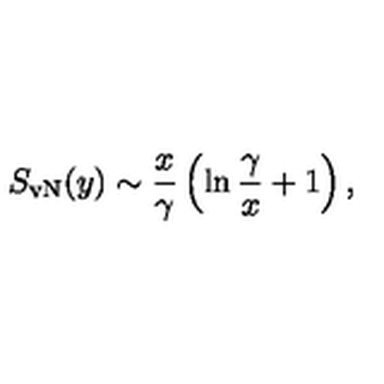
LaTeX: S _ { \mathrm { v N } } ( y ) \sim { \frac { x } { \gamma } } \left( \ln { \frac { \gamma } { x } } + 1 \right) ,